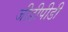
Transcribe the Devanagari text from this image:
जीडीपीडी